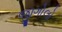
જીગોલો